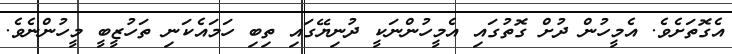
އެގޮތަށެވެ. އެމީހުން ދުށް ގޮތުގައި އެމީހުންނަކީ ދުނިޔޭގައި ތިބި ހަމައެކަނި ތަހުޒީބީ މީހުންނެވެ.